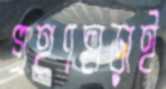
গ্রহণছাড়াই